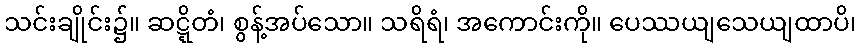
သင်းချိုင်း၌။ ဆဋ္ဋိတံ၊ စွန့်အပ်သော။ သရိရံ၊ အကောင်းကို။ ပေဿယျသေယျထာပိ၊